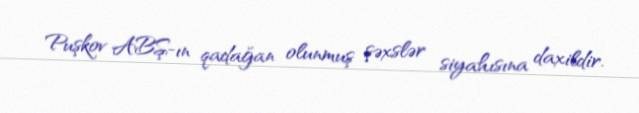
Puşkov ABŞ-ın qadağan olunmuş şəxslər siyahısına daxildir.